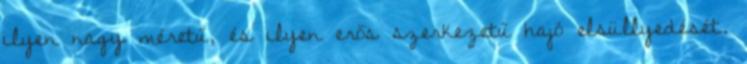
ilyen nagy méretű, és ilyen erős szerkezetű hajó elsüllyedését.